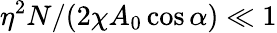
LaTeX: \eta^{2}N/(2\chi A_{0}\cos\alpha)\ll 1